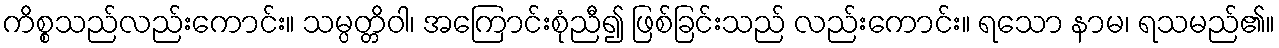
ကိစ္စသည်လည်းကောင်း။ သမ္ပတ္တိဝါ၊ အကြောင်းစုံညီ၍ ဖြစ်ခြင်းသည် လည်းကောင်း။ ရသော နာမ၊ ရသမည်၏။